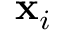
\mathbf { x } _ { i }